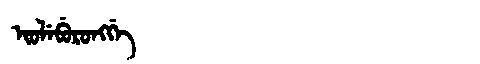
Manchu: ᡳᠣᠯᡝᠪᡠᡵᠣᠩᡤᡝ
Romanization: IOLEBURONGGE